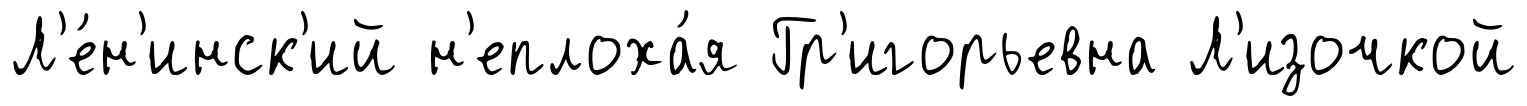
Л'е́н'инск'ий н'еплоха́я Гр'игорьевна Л'изочкой